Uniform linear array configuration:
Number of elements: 48
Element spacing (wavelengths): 0.25
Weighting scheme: blackman
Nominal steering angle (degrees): -45
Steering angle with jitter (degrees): -43.793
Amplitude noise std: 0.05
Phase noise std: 0.05

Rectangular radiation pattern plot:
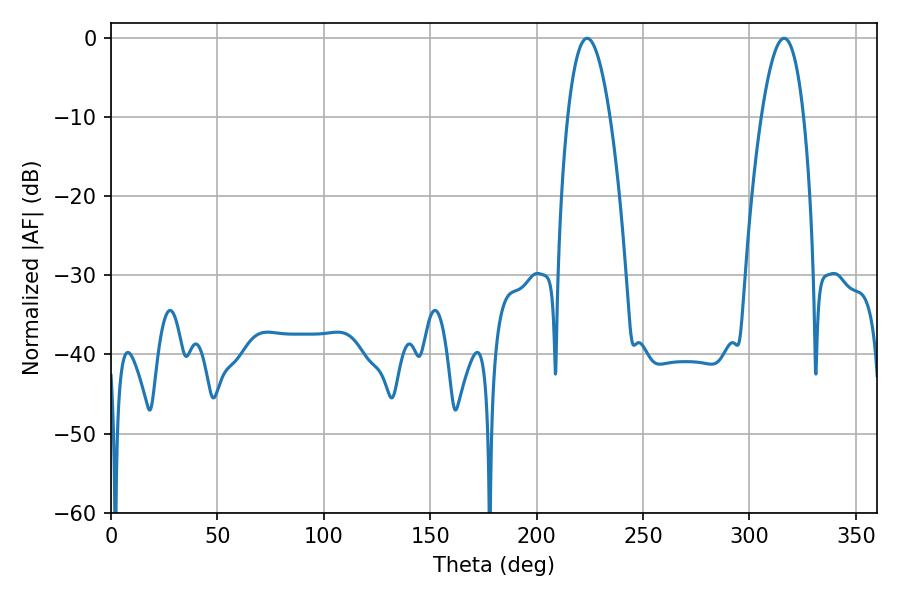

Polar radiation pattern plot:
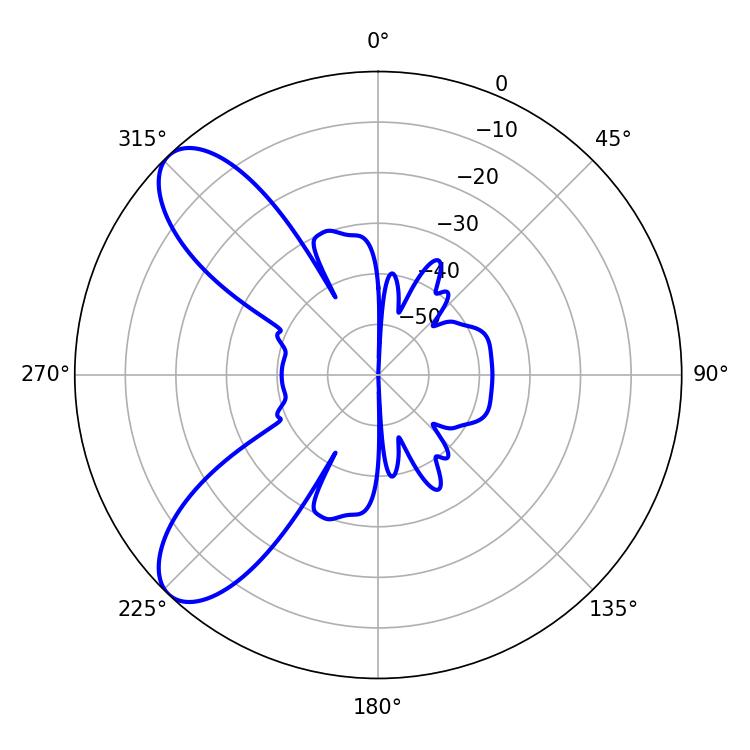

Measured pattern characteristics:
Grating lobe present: FALSE
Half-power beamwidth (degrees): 10.98
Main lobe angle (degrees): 316.26